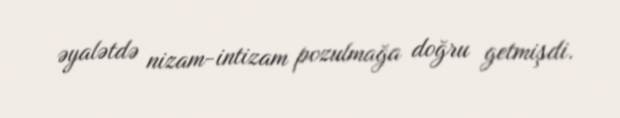
əyalətdə nizam-intizam pozulmağa doğru getmişdi.